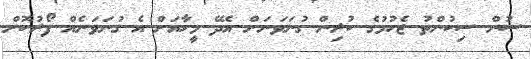
ސުން ސިކުންތު ޖެހުމުގެ ކުރިން ގުނަވަނަށް އެދޭ މީހާއަށް އެ ގުނަވަނެއް ފޯރުކޮށް